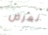
نعرض